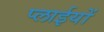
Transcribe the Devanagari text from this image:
प्लाईयों